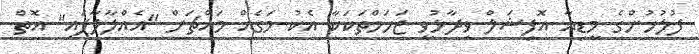
ފުލުހުންގެ މީޑިއާ އޮފިޝަލް ވިދާޅުވީ ޒަހަމްތަކަކާ އެކު މަގެއް މައްޗަށް "އެއްލާލާފައި" އޮތް